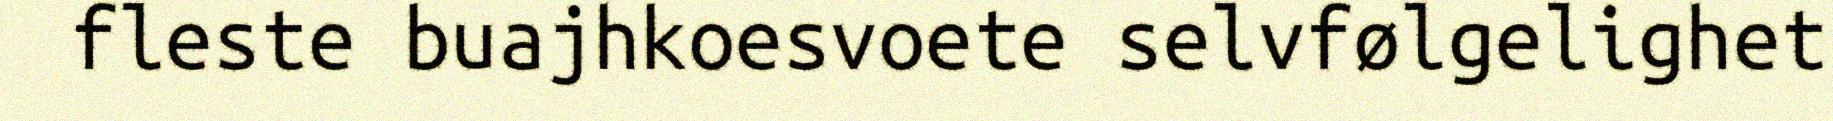
fleste buajhkoesvoete selvfølgelighet